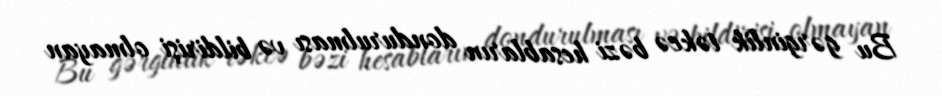
Bu gərginlik təkcə bəzi hesabların dondurulması və bildirişi olmayan